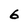
Character: G